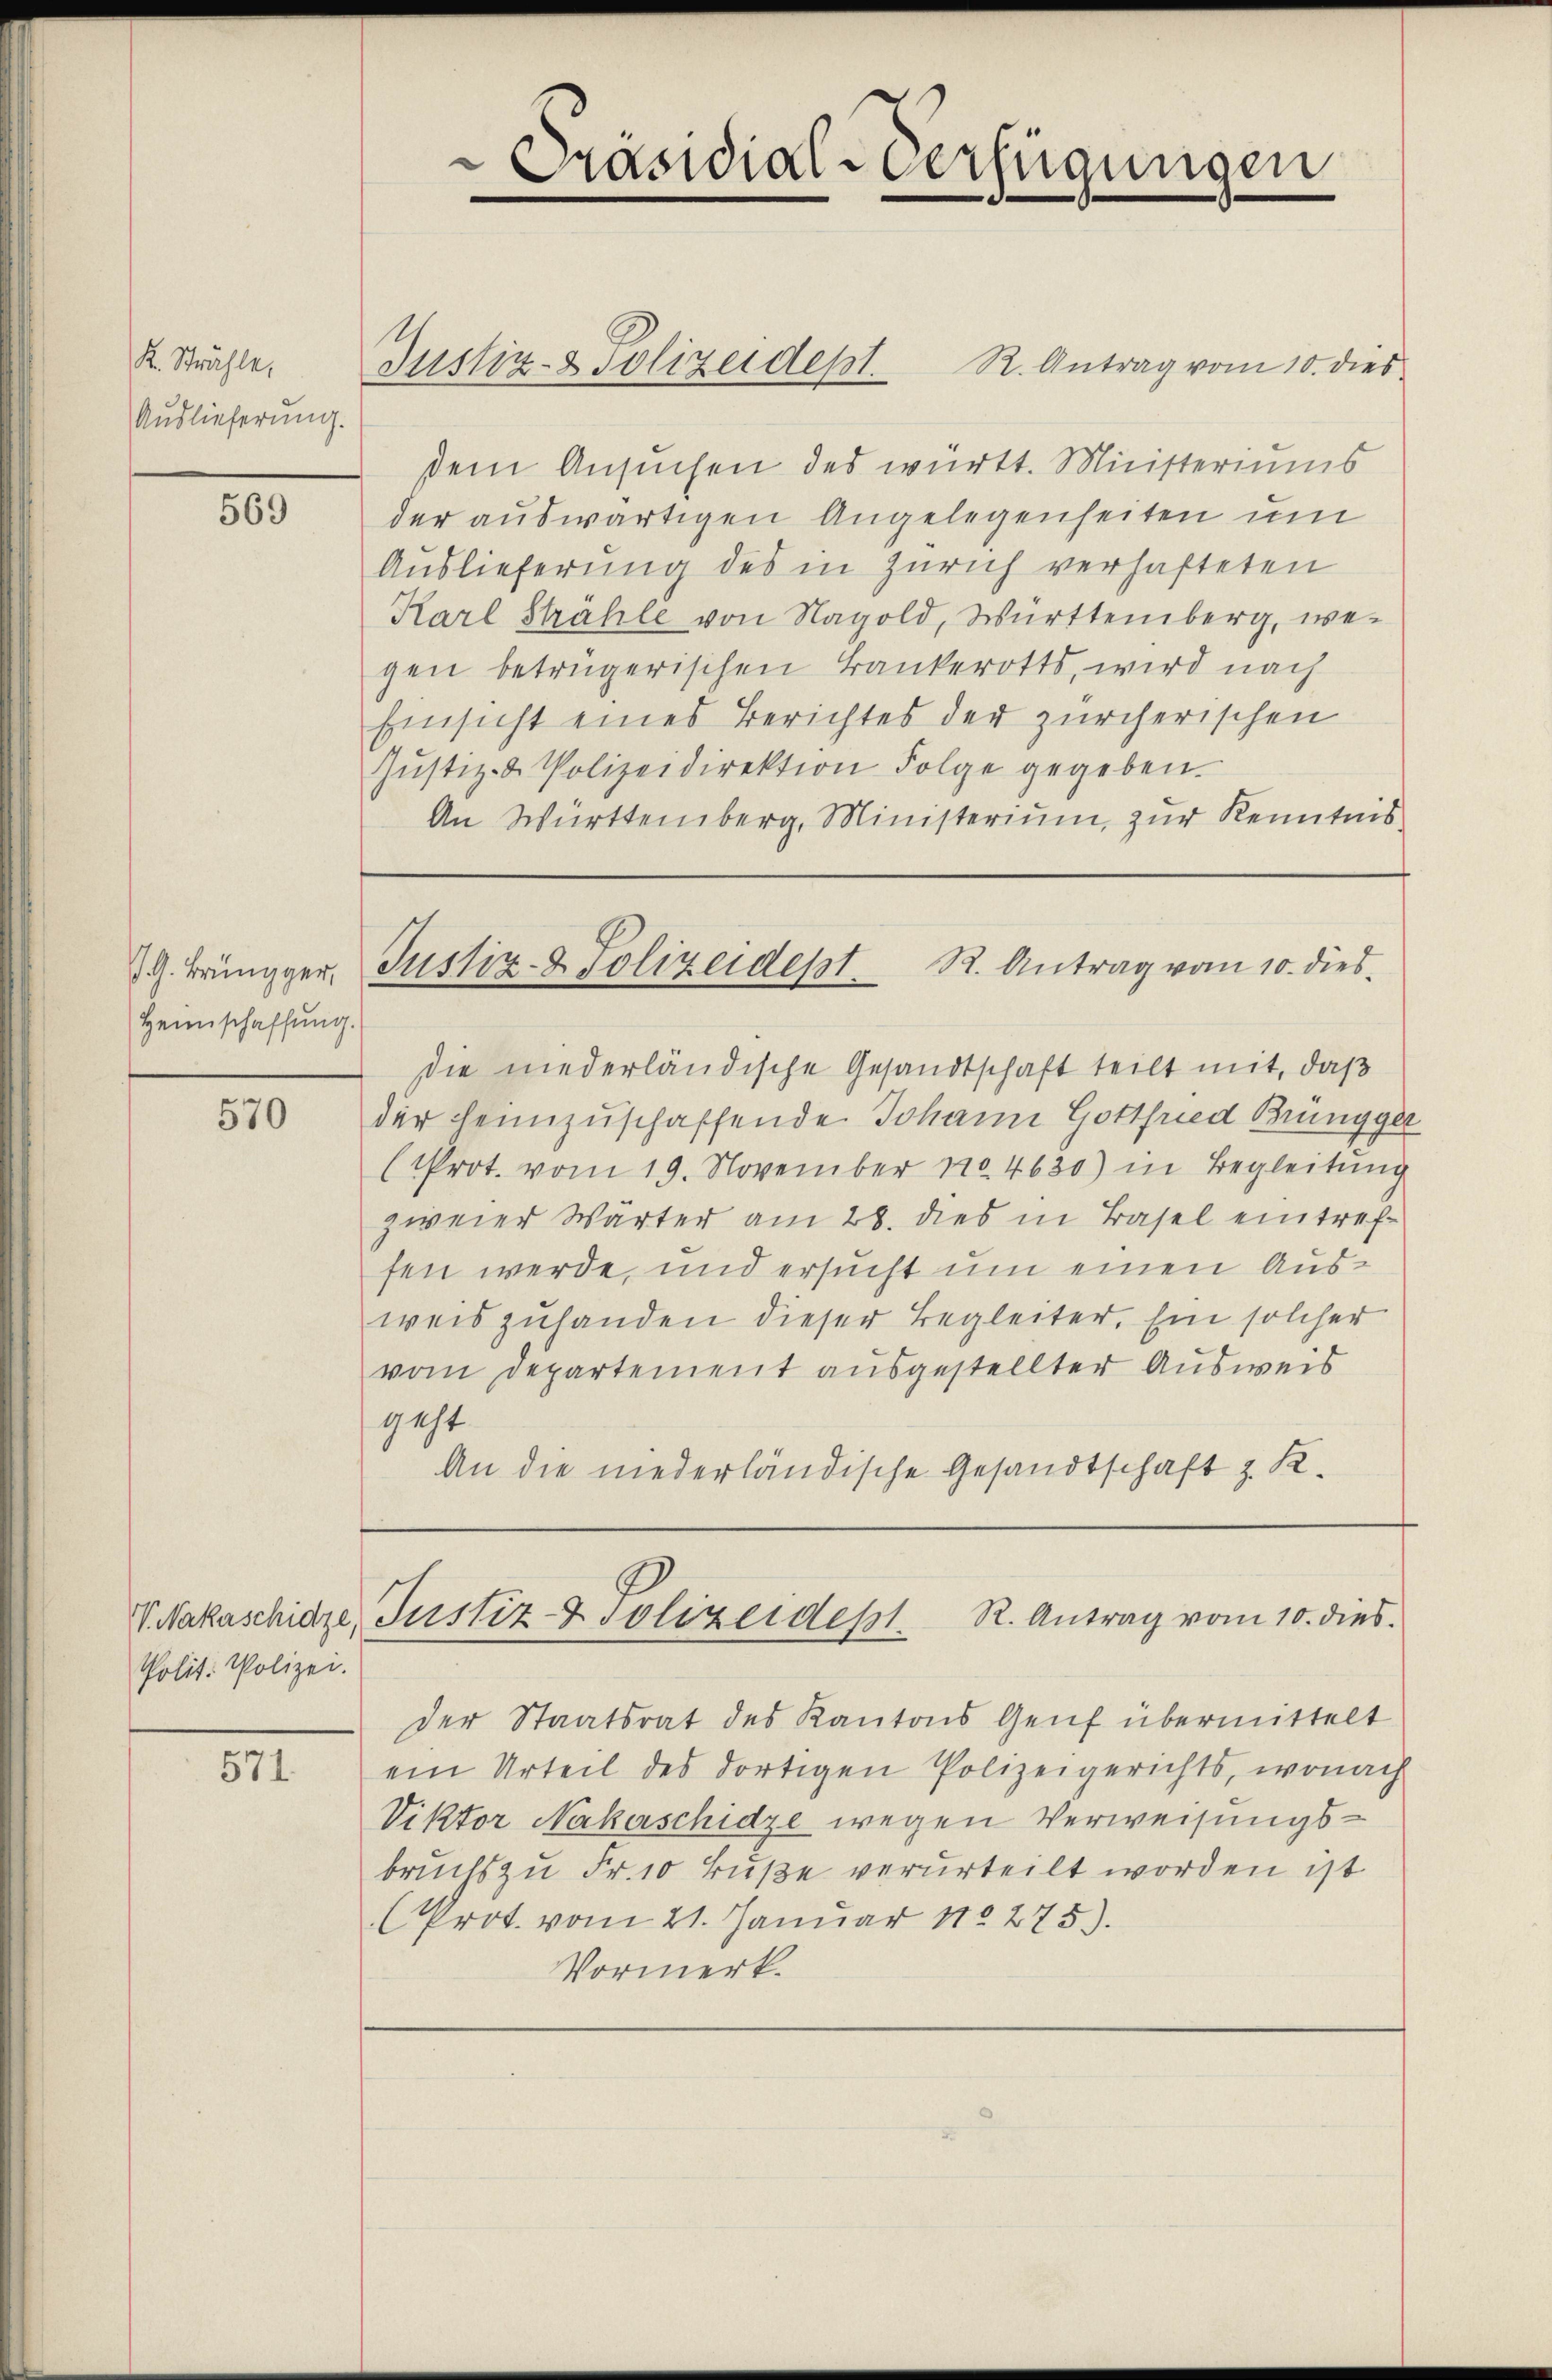
K. Stähle,
Auslieferung.

569

J. G. Brüngger,
Heimschaffung.

570

V. Nakaschidze,
Polit. Polizei.

571.

Präsidial-Verfügungen

Justiz- & Polizeidept.

R. Antrag vom 10. dies
dem Ansuchen des württ. Ministeriums
der auswärtigen Angelegenheiten um
Auslieferung des in Zürich verhafteten
Karl Strähle von Nagold, Württemberg, wegen betrügerischen Bankerotts, wird nach
Einsicht eines Berichtes der zürcherischen
Jŭstiz- & Polizeidirektion Folge gegeben.
An Württemberg, Ministerium, zur Kenntnis

Justiz- & Polizeidest. R. Antrag vom 10. dies

die niederländische Gesandtschaft teilt mit, daß
der Heinzuschaffende Johann Gottfried Brünggel
(Prot. vom 19. November 184630) in Begleitung
zweier Wärter am 28. dies in Basel eintreffen werde, und ersucht um einen Ausweis zuhanden dieser Begleiter. Ein solcher
vom Departement ausgestellter Ausweis
geht
An die niederländische Gesandtschaft z. K.

Justiz & Polizeidest. R. Antrag vom 10. dies

der Staatsrat des Kantons Genf übermittelt
ein Urteil des dortigen Polizeigerichts, wonach
Viktor Nakaschidze wegen Verweisungsbruchs zu Fr. 10 Fuße verurteilt worden ist
(Prot. vom 21. Januar 180275).
Vormerk.